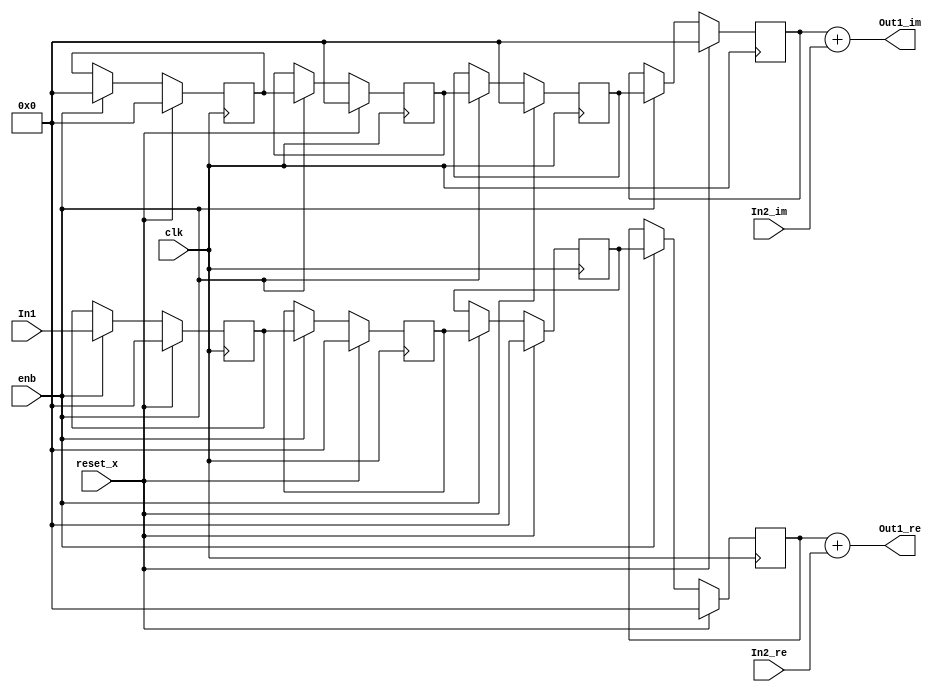
// -------------------------------------------------------------
// 
// 
// Generated by MATLAB 9.8 and HDL Coder 3.16
// 
// -------------------------------------------------------------


// -------------------------------------------------------------
// 
// Module: Complex_Sum_block10
// Source Path: newhope_cambios/FDHT/DFT/DFT10 - block/DFT5-row 1/DFT5-2/Complex-Sum
// Hierarchy Level: 5
// 
// -------------------------------------------------------------

`timescale 1 ns / 1 ns

module Complex_Sum_block10
          (clk,
           reset_x,
           enb,
           In1,
           In2_re,
           In2_im,
           Out1_re,
           Out1_im);


  input   clk;
  input   reset_x;
  input   enb;
  input   signed [36:0] In1;  // sfix37_En22
  input   signed [36:0] In2_re;  // sfix37_En22
  input   signed [36:0] In2_im;  // sfix37_En22
  output  signed [36:0] Out1_re;  // sfix37_En22
  output  signed [36:0] Out1_im;  // sfix37_En22


  wire signed [36:0] Complex_to_Real_Imag1_out1;  // sfix37_En22
  wire signed [36:0] Complex_to_Real_Imag1_out2;  // sfix37_En22
  reg signed [36:0] delayMatch_reg [0:3];  // sfix37 [4]
  wire signed [36:0] delayMatch_reg_next [0:3];  // sfix37_En22 [4]
  wire signed [36:0] Complex_to_Real_Imag1_out1_1;  // sfix37_En22
  wire signed [36:0] Sum_out1;  // sfix37_En22
  reg signed [36:0] delayMatch1_reg [0:3];  // sfix37 [4]
  wire signed [36:0] delayMatch1_reg_next [0:3];  // sfix37_En22 [4]
  wire signed [36:0] Complex_to_Real_Imag1_out2_1;  // sfix37_En22
  wire signed [36:0] Sum1_out1;  // sfix37_En22


  assign Complex_to_Real_Imag1_out1 = In1;
  assign Complex_to_Real_Imag1_out2 = 37'sh0000000000;



  always @(posedge clk)
    begin : delayMatch_process
      if (reset_x == 1'b1) begin
        delayMatch_reg[0] <= 37'sh0000000000;
        delayMatch_reg[1] <= 37'sh0000000000;
        delayMatch_reg[2] <= 37'sh0000000000;
        delayMatch_reg[3] <= 37'sh0000000000;
      end
      else begin
        if (enb) begin
          delayMatch_reg[0] <= delayMatch_reg_next[0];
          delayMatch_reg[1] <= delayMatch_reg_next[1];
          delayMatch_reg[2] <= delayMatch_reg_next[2];
          delayMatch_reg[3] <= delayMatch_reg_next[3];
        end
      end
    end

  assign Complex_to_Real_Imag1_out1_1 = delayMatch_reg[3];
  assign delayMatch_reg_next[0] = Complex_to_Real_Imag1_out1;
  assign delayMatch_reg_next[1] = delayMatch_reg[0];
  assign delayMatch_reg_next[2] = delayMatch_reg[1];
  assign delayMatch_reg_next[3] = delayMatch_reg[2];



  assign Sum_out1 = Complex_to_Real_Imag1_out1_1 + In2_re;



  assign Out1_re = Sum_out1;

  always @(posedge clk)
    begin : delayMatch1_process
      if (reset_x == 1'b1) begin
        delayMatch1_reg[0] <= 37'sh0000000000;
        delayMatch1_reg[1] <= 37'sh0000000000;
        delayMatch1_reg[2] <= 37'sh0000000000;
        delayMatch1_reg[3] <= 37'sh0000000000;
      end
      else begin
        if (enb) begin
          delayMatch1_reg[0] <= delayMatch1_reg_next[0];
          delayMatch1_reg[1] <= delayMatch1_reg_next[1];
          delayMatch1_reg[2] <= delayMatch1_reg_next[2];
          delayMatch1_reg[3] <= delayMatch1_reg_next[3];
        end
      end
    end

  assign Complex_to_Real_Imag1_out2_1 = delayMatch1_reg[3];
  assign delayMatch1_reg_next[0] = Complex_to_Real_Imag1_out2;
  assign delayMatch1_reg_next[1] = delayMatch1_reg[0];
  assign delayMatch1_reg_next[2] = delayMatch1_reg[1];
  assign delayMatch1_reg_next[3] = delayMatch1_reg[2];



  assign Sum1_out1 = Complex_to_Real_Imag1_out2_1 + In2_im;



  assign Out1_im = Sum1_out1;

endmodule  // Complex_Sum_block10